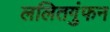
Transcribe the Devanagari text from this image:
ललितगुंफन